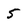
Character: 5